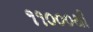
૧૧૦૦૦થી